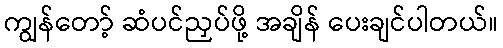
ကျွန်တော့် ဆံပင်ညှပ်ဖို့ အချိန် ပေးချင်ပါတယ်။